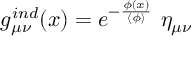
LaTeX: g _ { \mu \nu } ^ { i n d } ( x ) = e ^ { - \frac { \phi ( x ) } { \langle \phi \rangle } } ~ \eta _ { \mu \nu }